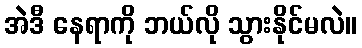
အဲဒီ နေရာကို ဘယ်လို သွားနိုင်မလဲ။